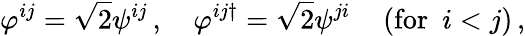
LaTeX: \varphi^{ij}=\sqrt{2}\psi^{ij}\, ,\quad\varphi^{ij\dagger}=\sqrt{2}\psi^{ji}\, \quad\mathrm{(for}\, \, \, i<j\mathrm{)}\, ,